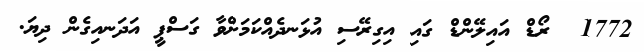
1772  ރޯޑް އައިލޭންޑް ގައި އިގިރޭސި އުޅަނދެއްކަމަށްވާ ގަސްޕީ އަދަނއިގެން ދިޔަ.